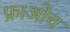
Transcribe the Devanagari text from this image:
फ्राओच